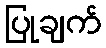
ပြုချက်